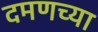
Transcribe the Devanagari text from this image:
दमणच्या